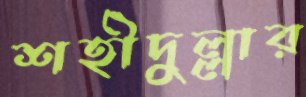
শহীদুল্লার